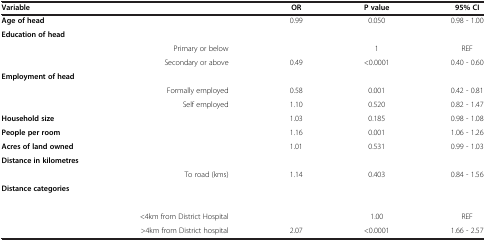
<table><thead><tr><td><b>Variable</b></td><td><b> </b></td><td><b>OR</b></td><td><b>P value</b></td><td><b>95% CI</b></td></tr></thead><tbody><tr><td><b>Age of head</b></td><td> </td><td>0.99</td><td>0.050</td><td>0.98 - 1.00</td></tr><tr><td><b>Education of head</b></td><td> </td><td> </td><td> </td><td> </td></tr><tr><td> </td><td>Primary or below</td><td> </td><td>1</td><td>REF</td></tr><tr><td> </td><td>Secondary or above</td><td>0.49</td><td>&lt;0.0001</td><td>0.40 - 0.60</td></tr><tr><td><b>Employment of head</b></td><td> </td><td> </td><td> </td><td> </td></tr><tr><td> </td><td>Formally employed</td><td>0.58</td><td>0.001</td><td>0.42 - 0.81</td></tr><tr><td> </td><td>Self employed</td><td>1.10</td><td>0.520</td><td>0.82 - 1.47</td></tr><tr><td><b>Household size</b></td><td> </td><td>1.03</td><td>0.185</td><td>0.98 - 1.08</td></tr><tr><td><b>People per room</b></td><td> </td><td>1.16</td><td>0.001</td><td>1.06 - 1.26</td></tr><tr><td><b>Acres of land owned</b></td><td> </td><td>1.01</td><td>0.531</td><td>0.99 - 1.03</td></tr><tr><td><b>Distance in kilometres</b></td><td> </td><td> </td><td> </td><td> </td></tr><tr><td> </td><td>To road (kms)</td><td>1.14</td><td>0.403</td><td>0.84 - 1.56</td></tr><tr><td><b>Distance categories</b></td><td> </td><td> </td><td> </td><td> </td></tr><tr><td> </td><td> </td><td> </td><td> </td><td> </td></tr><tr><td> </td><td>&lt;4km from District Hospital</td><td> </td><td>1.00</td><td>REF</td></tr><tr><td> </td><td>&gt;4km from District hospital</td><td>2.07</td><td>&lt;0.0001</td><td>1.66 - 2.57</td></tr></tbody></table>